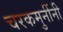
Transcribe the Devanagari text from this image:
चरकमुनींनी